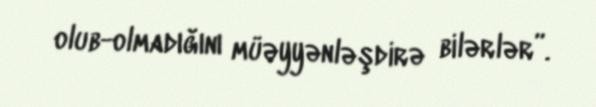
olub-olmadığını müəyyənləşdirə bilərlər”.